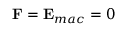
{ \bf { F } } = { \bf { E } } _ { m a c } = 0